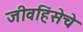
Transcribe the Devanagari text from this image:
जीवहिंसेचे